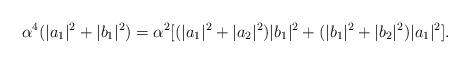
LaTeX: \begin{align*}\alpha^4(|a_1|^2+|b_1|^2)=\alpha^2[(|a_1|^2+|a_2|^2)|b_1|^2+(|b_1|^2+|b_2|^2)|a_1|^2].\end{align*}